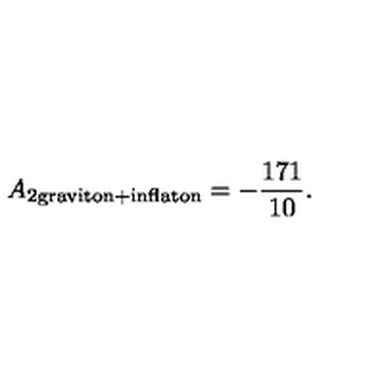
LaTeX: A _ { 2 \mathrm { g r a v i t o n } + \mathrm { i n f l a t o n } } = - { \frac { 1 7 1 } { 1 0 } } .